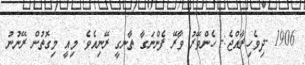
1906 -ދިވެހިރާއްޖެ:- ހެންވޭރު ވާރޭ ފެންނަގާ ތާނގީ ރޭނިއެވެ. މިއީ މިގޮތުން ރޭނުނު